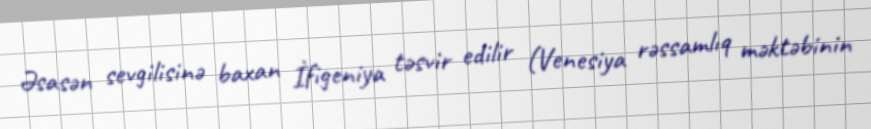
Əsasən sevgilisinə baxan İfigeniya təsvir edilir (Venesiya rəssamlıq məktəbinin